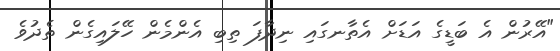
"އޭރުން އެ ބަޑީގެ އަޑަށް އެތާނގައި ނިދާފަ ތިބި އެންމެން ހޭލައިގެން ތެދުވެ